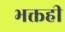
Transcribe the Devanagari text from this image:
भक्तही